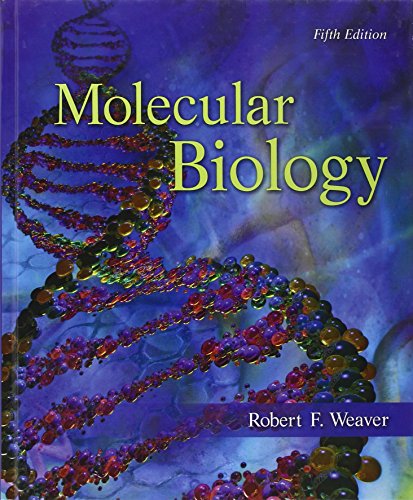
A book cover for Molecular Biology; Robert Weaver; Science & Math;